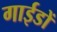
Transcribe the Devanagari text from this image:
गाईडों